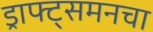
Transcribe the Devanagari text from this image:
ड्राफ्ट्‌समनचा